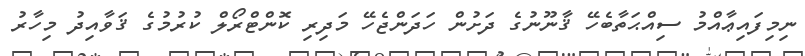
ނިމިފައިޢާއްމު ސިއްޙަތާބެހޭ ޤާނޫނުގެ ދަށުން ހަދަންޖެހޭ މަދިރި ކޮންޓްރޯލް ކުރުމުގެ ޤަވާއިދު މިހާރު